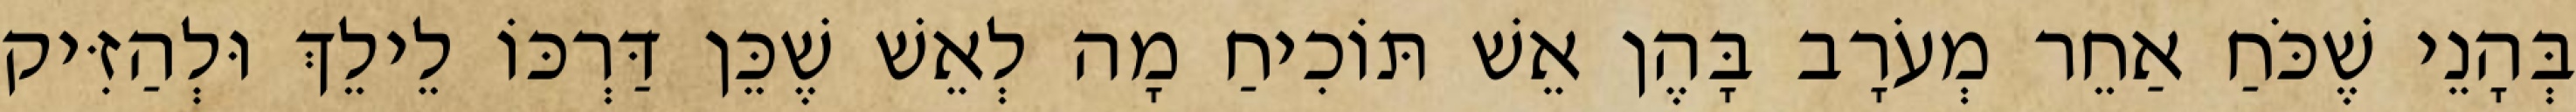
בְּהָנֵי שֶׁכֹּחַ אַחֵר מְעֹרָב בָּהֶן אֵשׁ תּוֹכִיחַ מָה לְאֵשׁ שֶׁכֵּן דַּרְכּוֹ לֵילֵךְ וּלְהַזִּיק